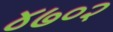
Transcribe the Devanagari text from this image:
४७०२